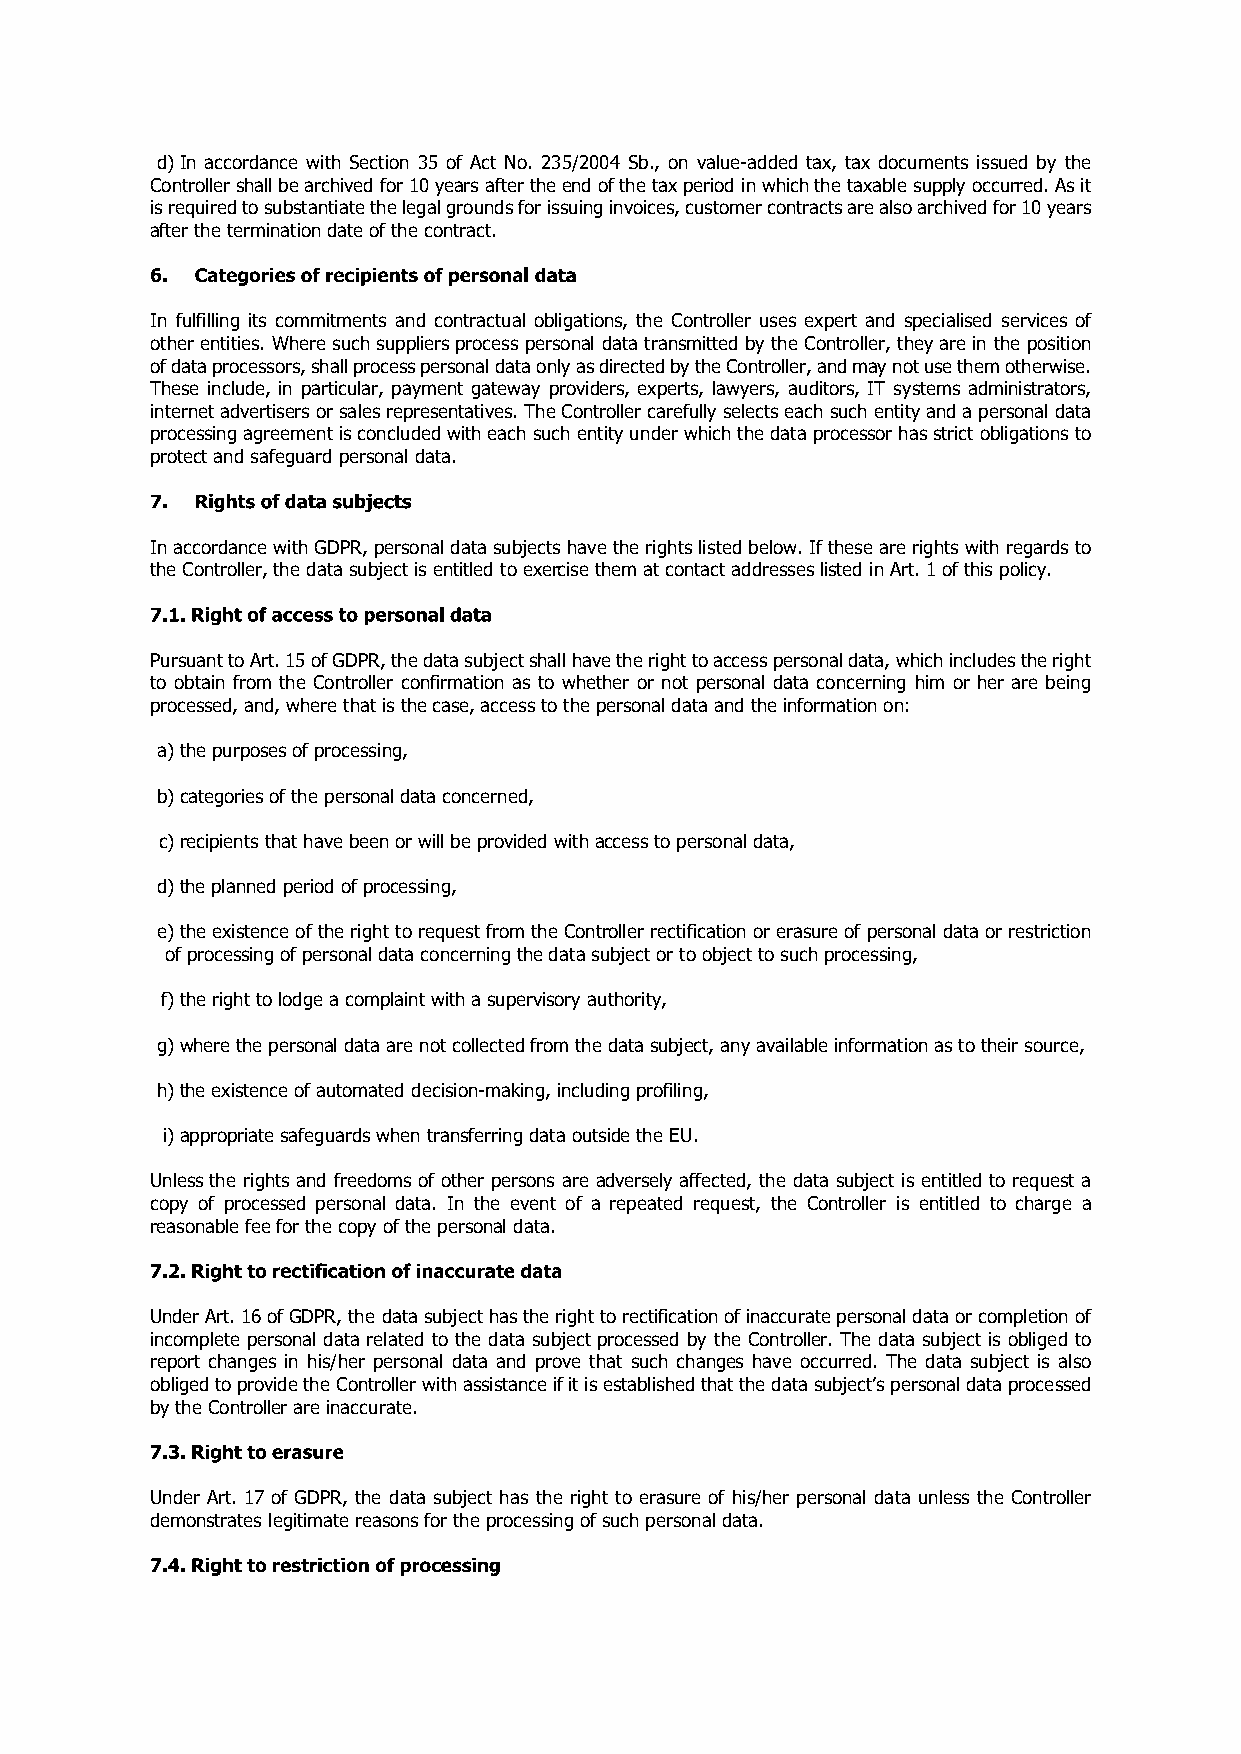
d)In accordance with Section 35 of Act No. 235/2004 Sb., on value­added tax, tax documents issued by the
 Controller shall be archived for 10 years after theend of the tax period in which the taxable supply occurred. As it
 is required to substantiate the legal grounds for issuing invoices, customer contracts are also archived for 10 years
 after the termination date of the contract.
 In fulfilling its commitments and contractual obligations, the Controller uses expert and specialised services of
 other entities. Where such suppliers process personal data transmitted by the Controller, they are in the position
 of data processors, shall process personal data only as directed by the Controller, and may not use them otherwise.
 These include, in particular, payment gateway providers, experts, lawyers, auditors, IT systems administrators,
 internet advertisers or sales representatives. TheController carefully selects each such entity and a personal data
 processing agreement is concluded with each such entity under which the data processor has strict obligations to
 protect and safeguard personal data.
 In accordance with GDPR, personal data subjects have the rights listed below. If these are rights with regards to
 the Controller, the data subject is entitled to exercise them at contact addresses listed in Art. 1 of this policy.
 Pursuant to Art. 15 of GDPR, the data subject shallhave the right to access personal data, which includes the right
 to obtain from the Controller confirmation as to whether or not personal data concerning him or her are being
 processed, and, where that is the case, access to the personal data and the information on:
 a)the purposes of processing,
 b)categories of the personal data concerned,
 c)recipients that have been or will be provided withaccess to personal data,
 d)the planned period of processing,
 e)the existence of the right to request from the Controller rectification or erasure of personal data or restriction
 of processing of personal data concerning the datasubject or to object to such processing,
 f)the right to lodge a complaint with a supervisory authority,
 g)where the personal data are not collected from thedata subject, any available information as to their source,
 h)the existence of automated decision­making, including profiling,
 i)appropriate safeguards when transferring data outside the EU.
 Unless the rights and freedoms of other persons are adversely affected, the data subject is entitled to request a
 copy of processed personal data. In the event of a repeated request, the Controller is entitled to charge a
 reasonable fee for the copy of the personal data.
 Under Art. 16 of GDPR, the data subject has the right to rectification of inaccurate personal data or completion of
 incomplete personal data related to the data subject processed by the Controller. The data subject is obliged to
 report changes in his/her personal data and prove that such changes have occurred. The data subject is also
 obliged to provide the Controller with assistance if it is established that the data subjects personal data processed
 by the Controller are inaccurate.
 Under Art. 17 of GDPR, the data subject has the right to erasure of his/her personal data unless the Controller
 demonstrates legitimate reasons for the processingof such personal data.